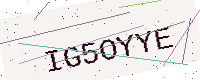
Text: IG5OYYE